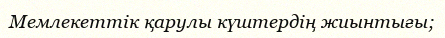
Мемлекеттік қарулы күштердің жиынтығы;